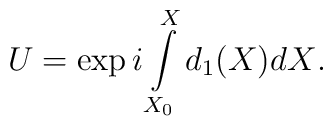
U=\exp{i \int\limits_{X_0}^{X} d_1(X)dX}.